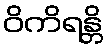
ဝိကိရန္တိ